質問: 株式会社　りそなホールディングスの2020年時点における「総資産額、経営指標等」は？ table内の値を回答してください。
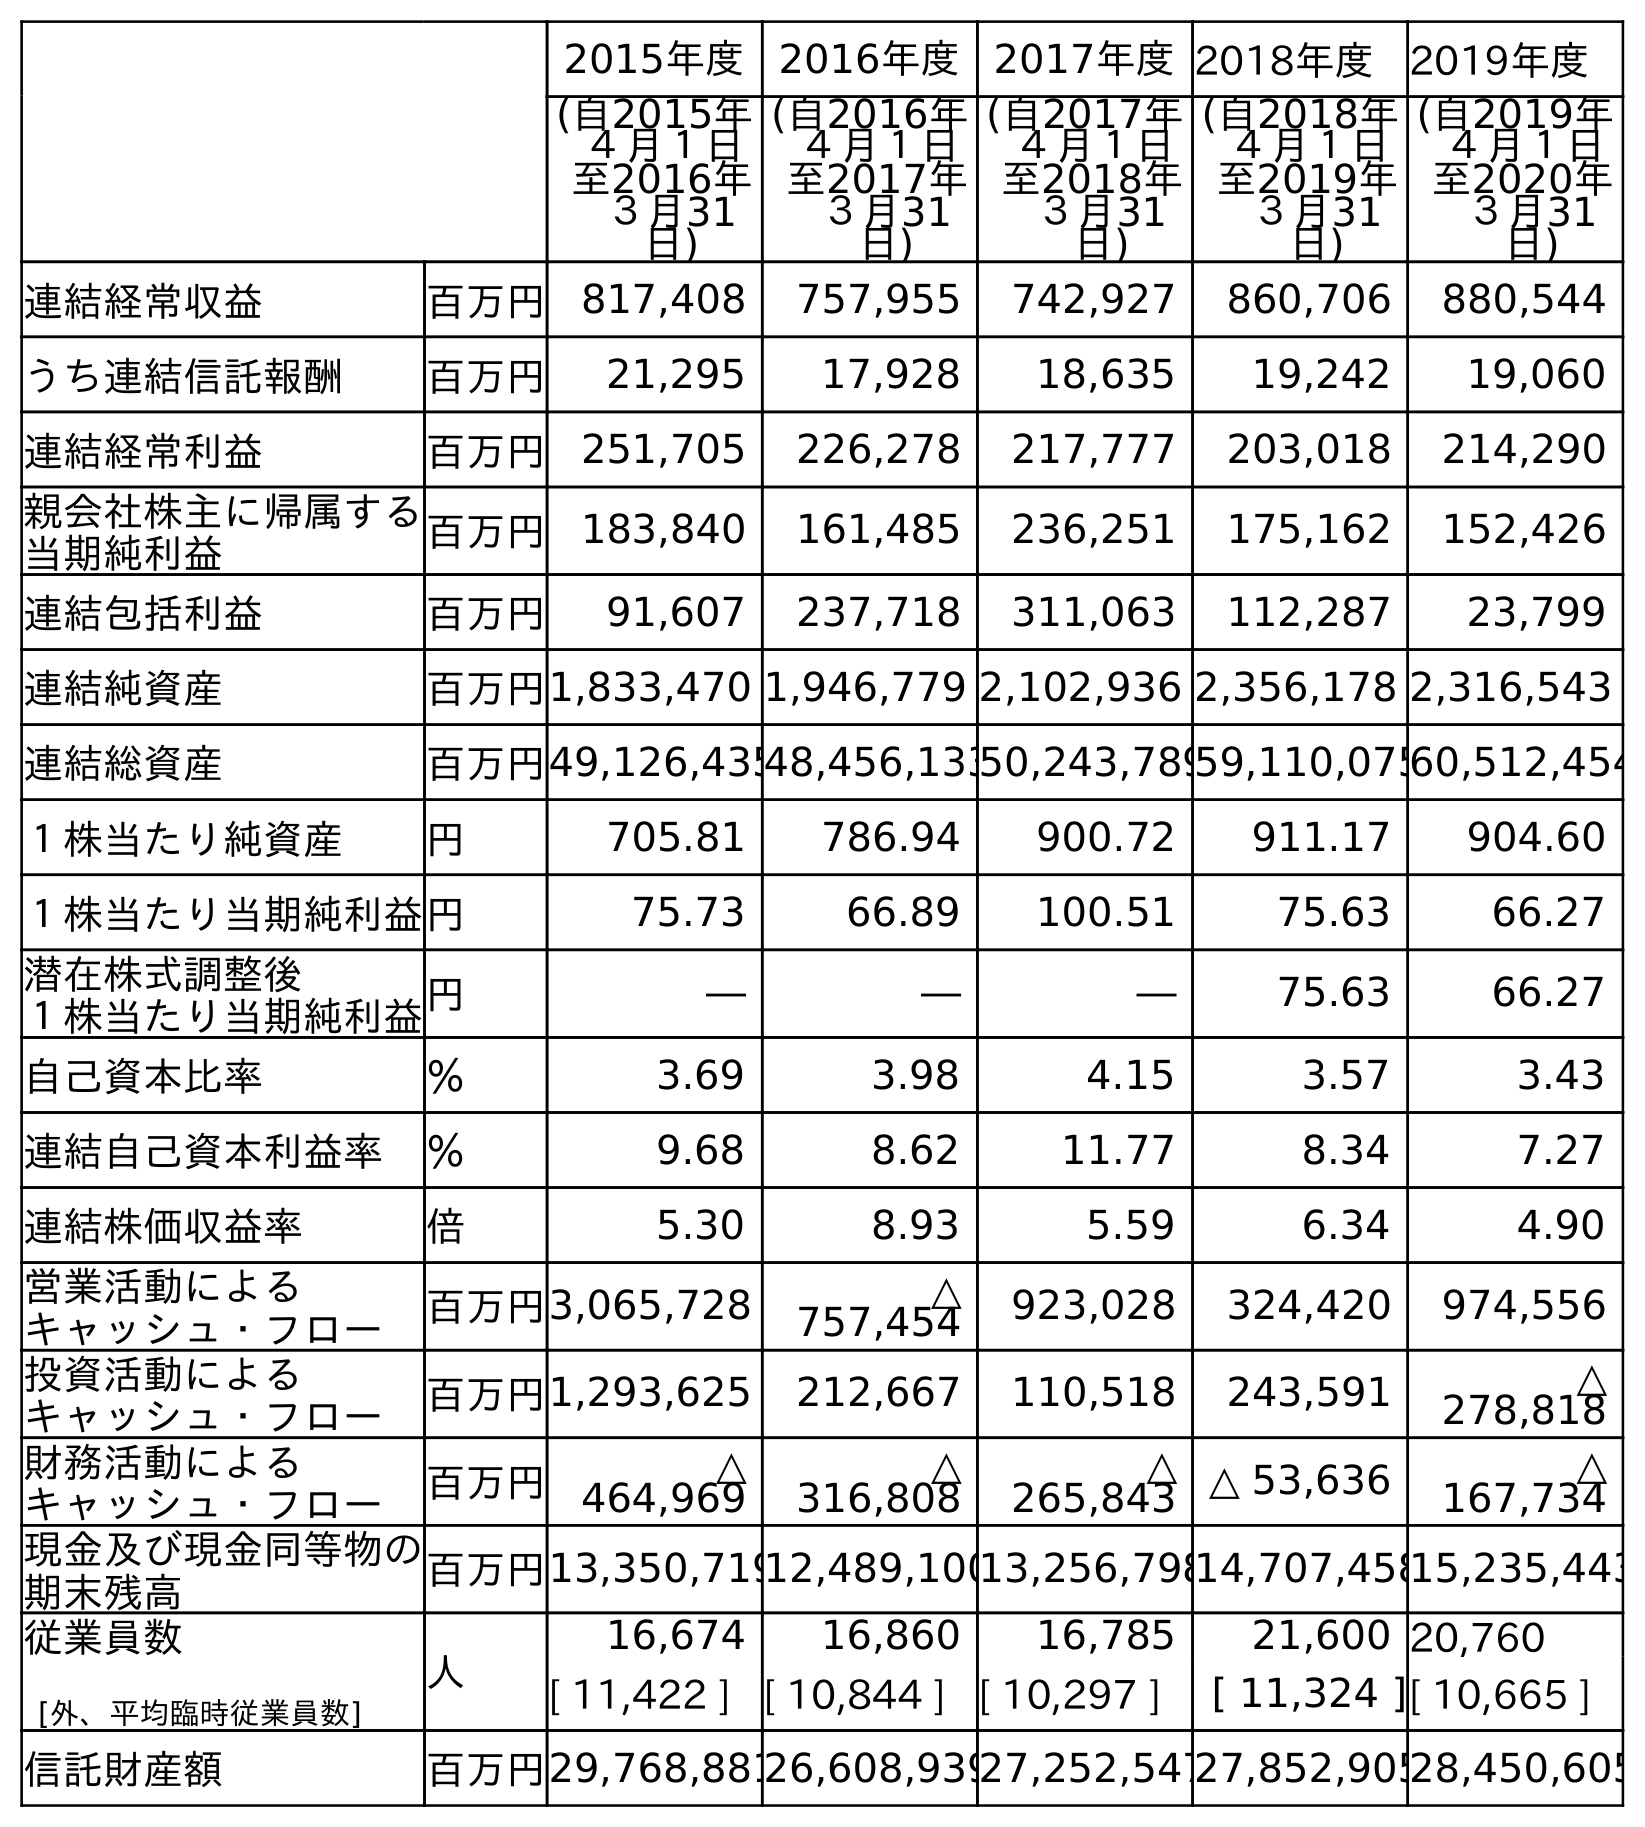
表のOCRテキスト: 2015年度 2016年度 2017年度2018年度 2019年度 (自2015年 ４月１日 至2016年 ３月31 日) (自2016年 ４月１日 至2017年 ３月31 日) (自2017年 ４月１日 至2018年 ３月31 日) (自2018年 ４月１日 至2019年 ３月31 日) (自2019年 ４月１日 至2020年 ３月31 日) 連結経常収益 百万円 817,408 757,955 742,927 860,706 880,544 うち連結信託報酬 百万円 21,295 17,928 18,635 19,242 19,060 連結経常利益 百万円 251,705 226,278 217,777 203,018 214,290 親会社株主に帰属する 当期純利益 百万円 183,840 161,485 236,251 175,162 152,426 連結包括利益 百万円 91,607 237,718 311,063 112,287 23,799 連結純資産 百万円1,833,470 1,946,779 2,102,936 2,356,178 2,316,543 連結総資産 百万円49,126,43548,456,13350,243,78959,110,07560,512,454 １株当たり純資産 円 705.81 786.94 900.72 911.17 904.60 １株当たり当期純利益円 75.73 66.89 100.51 75.63 66.27 潜在株式調整後 １株当たり当期純利益円 ― ― ― 75.63 66.27 自己資本比率 ％ 3.69 3.98 4.15 3.57 3.43 連結自己資本利益率 ％ 9.68 8.62 11.77 8.34 7.27 連結株価収益率 倍 5.30 8.93 5.59 6.34 4.90 営業活動による キャッシュ・フロー 百万円3,065,728 △ 757,454 923,028 324,420 974,556 投資活動による キャッシュ・フロー 百万円1,293,625 212,667 110,518 243,591 △ 278,818 財務活動による キャッシュ・フロー 百万円 △ 464,969 △ 316,808 △ 265,843 △ 53,636 △ 167,734 現金及び現金同等物の 期末残高 百万円13,350,71912,489,10013,256,79814,707,45815,235,443 従業員数 [外、平均臨時従業員数] 人 16,674 16,860 16,785 21,600 20,760 [ 11,422 ] [ 10,844 ] [ 10,297 ] [ 11,324 ][ 10,665 ] 信託財産額 百万円29,768,88126,608,93927,252,54727,852,90528,450,605
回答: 60,512,454